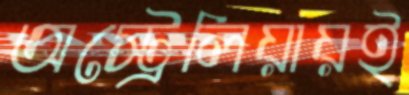
অস্ট্রেলিয়ায়ই